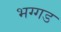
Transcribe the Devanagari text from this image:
भग्‍गड